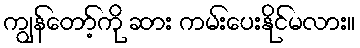
ကျွန်တော့်ကို ဆား ကမ်းပေးနိုင်မလား။